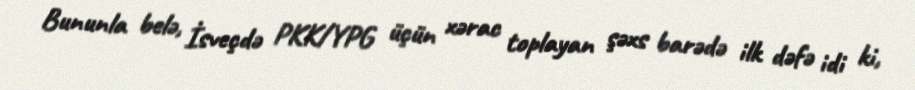
Bununla belə, İsveçdə PKK/YPG üçün xərac toplayan şəxs barədə ilk dəfə idi ki,